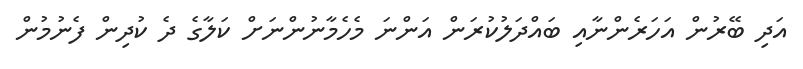
އަދި ބޭރުން އަހަރެންނާއި ބައްދަލުކުރަން އަންނަ މެހެމާނުންނަށް ކަލާގެ ދެ ކުދިން ފެނުމުން